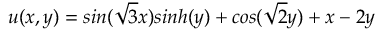
u ( x , y ) = s i n ( \sqrt { 3 } x ) s i n h ( y ) + c o s ( \sqrt { 2 } y ) + x - 2 y